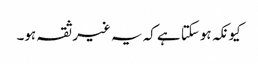
کیونکہ ہوسکتا ہے کہ یہ غیر ثقہ ہو۔